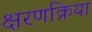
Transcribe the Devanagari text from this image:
क्षरणक्रिया